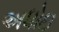
અધોઇ